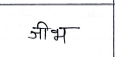
मजकूर: जीभ